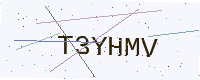
Text: T3YHMV